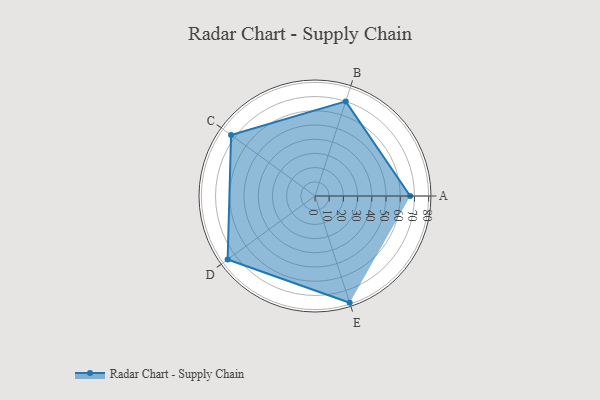
{"axis": {"x": "Skill", "y": "Score"}, "legend": ["Profile"], "data": [{"x": "A", "y": 67.0, "type": "Profile"}, {"x": "B", "y": 70.0, "type": "Profile"}, {"x": "C", "y": 73.0, "type": "Profile"}, {"x": "D", "y": 76.0, "type": "Profile"}, {"x": "E", "y": 79.0, "type": "Profile"}]}